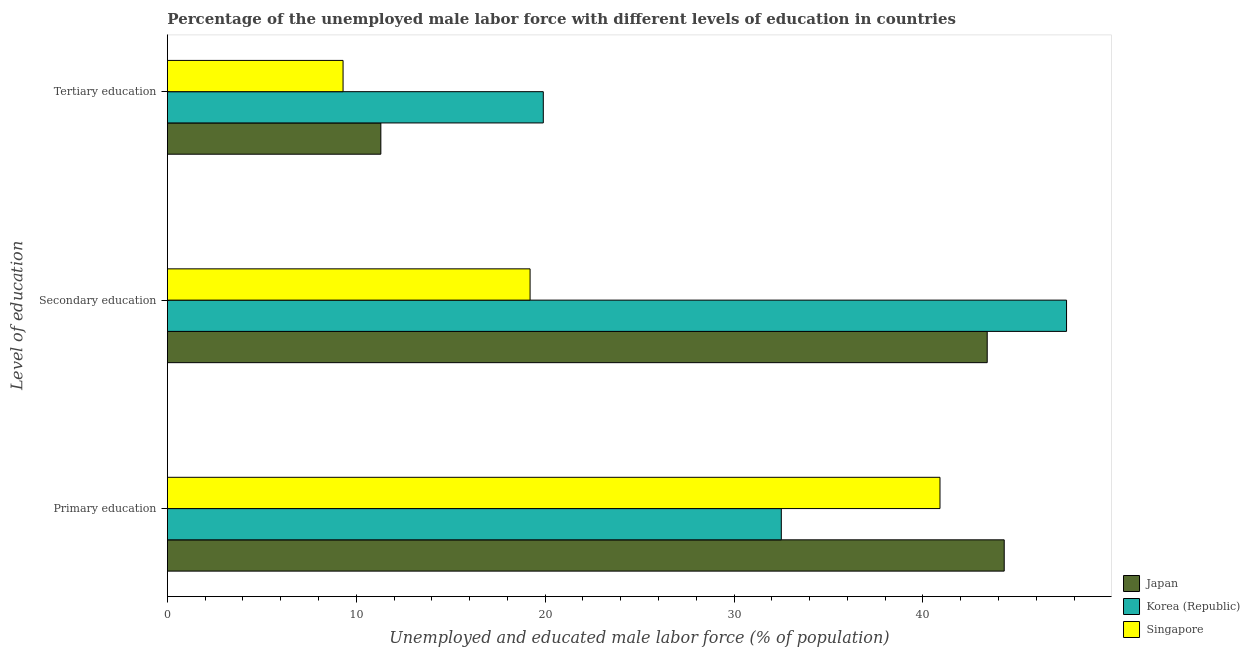
| Level of education | Japan | Korea (Republic) | Singapore |
 | --- | --- | --- | --- |
 | Primary education | 44.3 | 32.5 | 40.9 |
 | Secondary education | 43.4 | 47.6 | 19.2 |
 | Tertiary education | 11.3 | 19.9 | 9.3 |